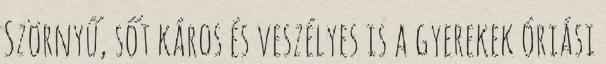
Szörnyű, sőt káros és veszélyes is a gyerekek óriási